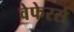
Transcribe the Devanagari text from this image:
वेफेरर्स